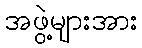
အဖွဲ့များအား